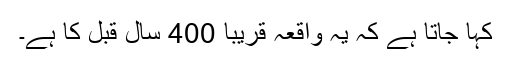
کہا جاتا ہے کہ یہ واقعہ قریبا 400 سال قبل کا ہے۔